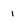
Character: i